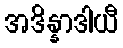
အဒိန္နာဒါယီ